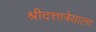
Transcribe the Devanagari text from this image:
श्रीदत्तात्रेयाला